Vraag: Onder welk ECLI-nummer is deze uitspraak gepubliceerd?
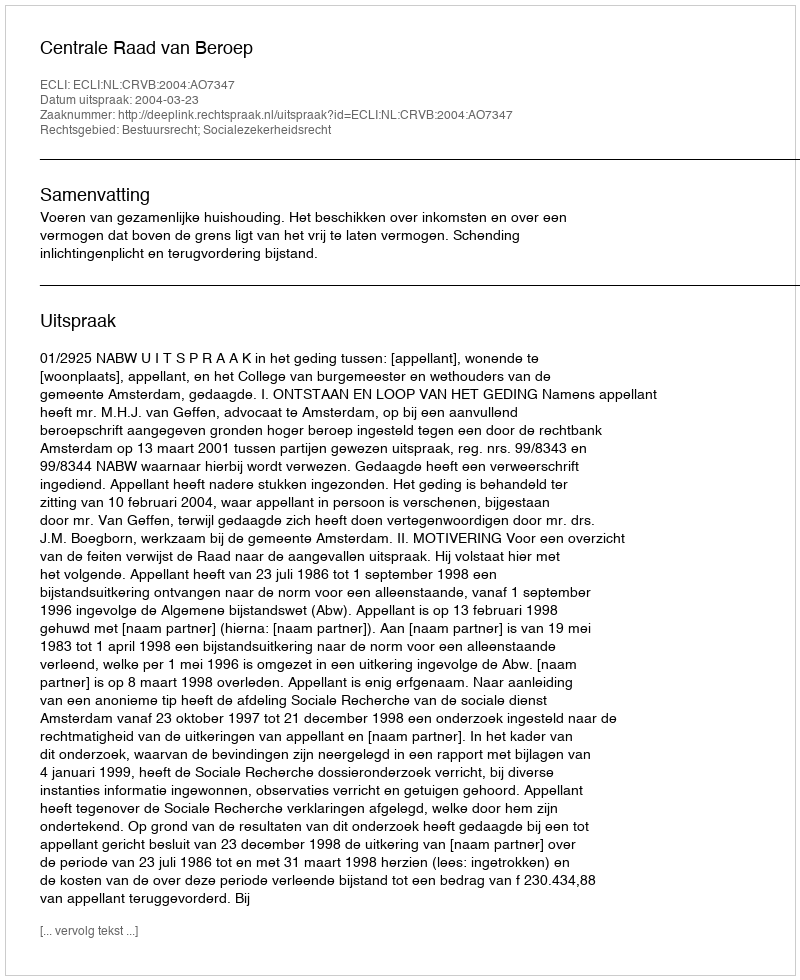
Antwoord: ECLI:NL:CRVB:2004:AO7347